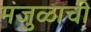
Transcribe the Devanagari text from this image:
मंजुळाची